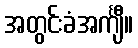
အတွင်းခံအင်္ကျီ။